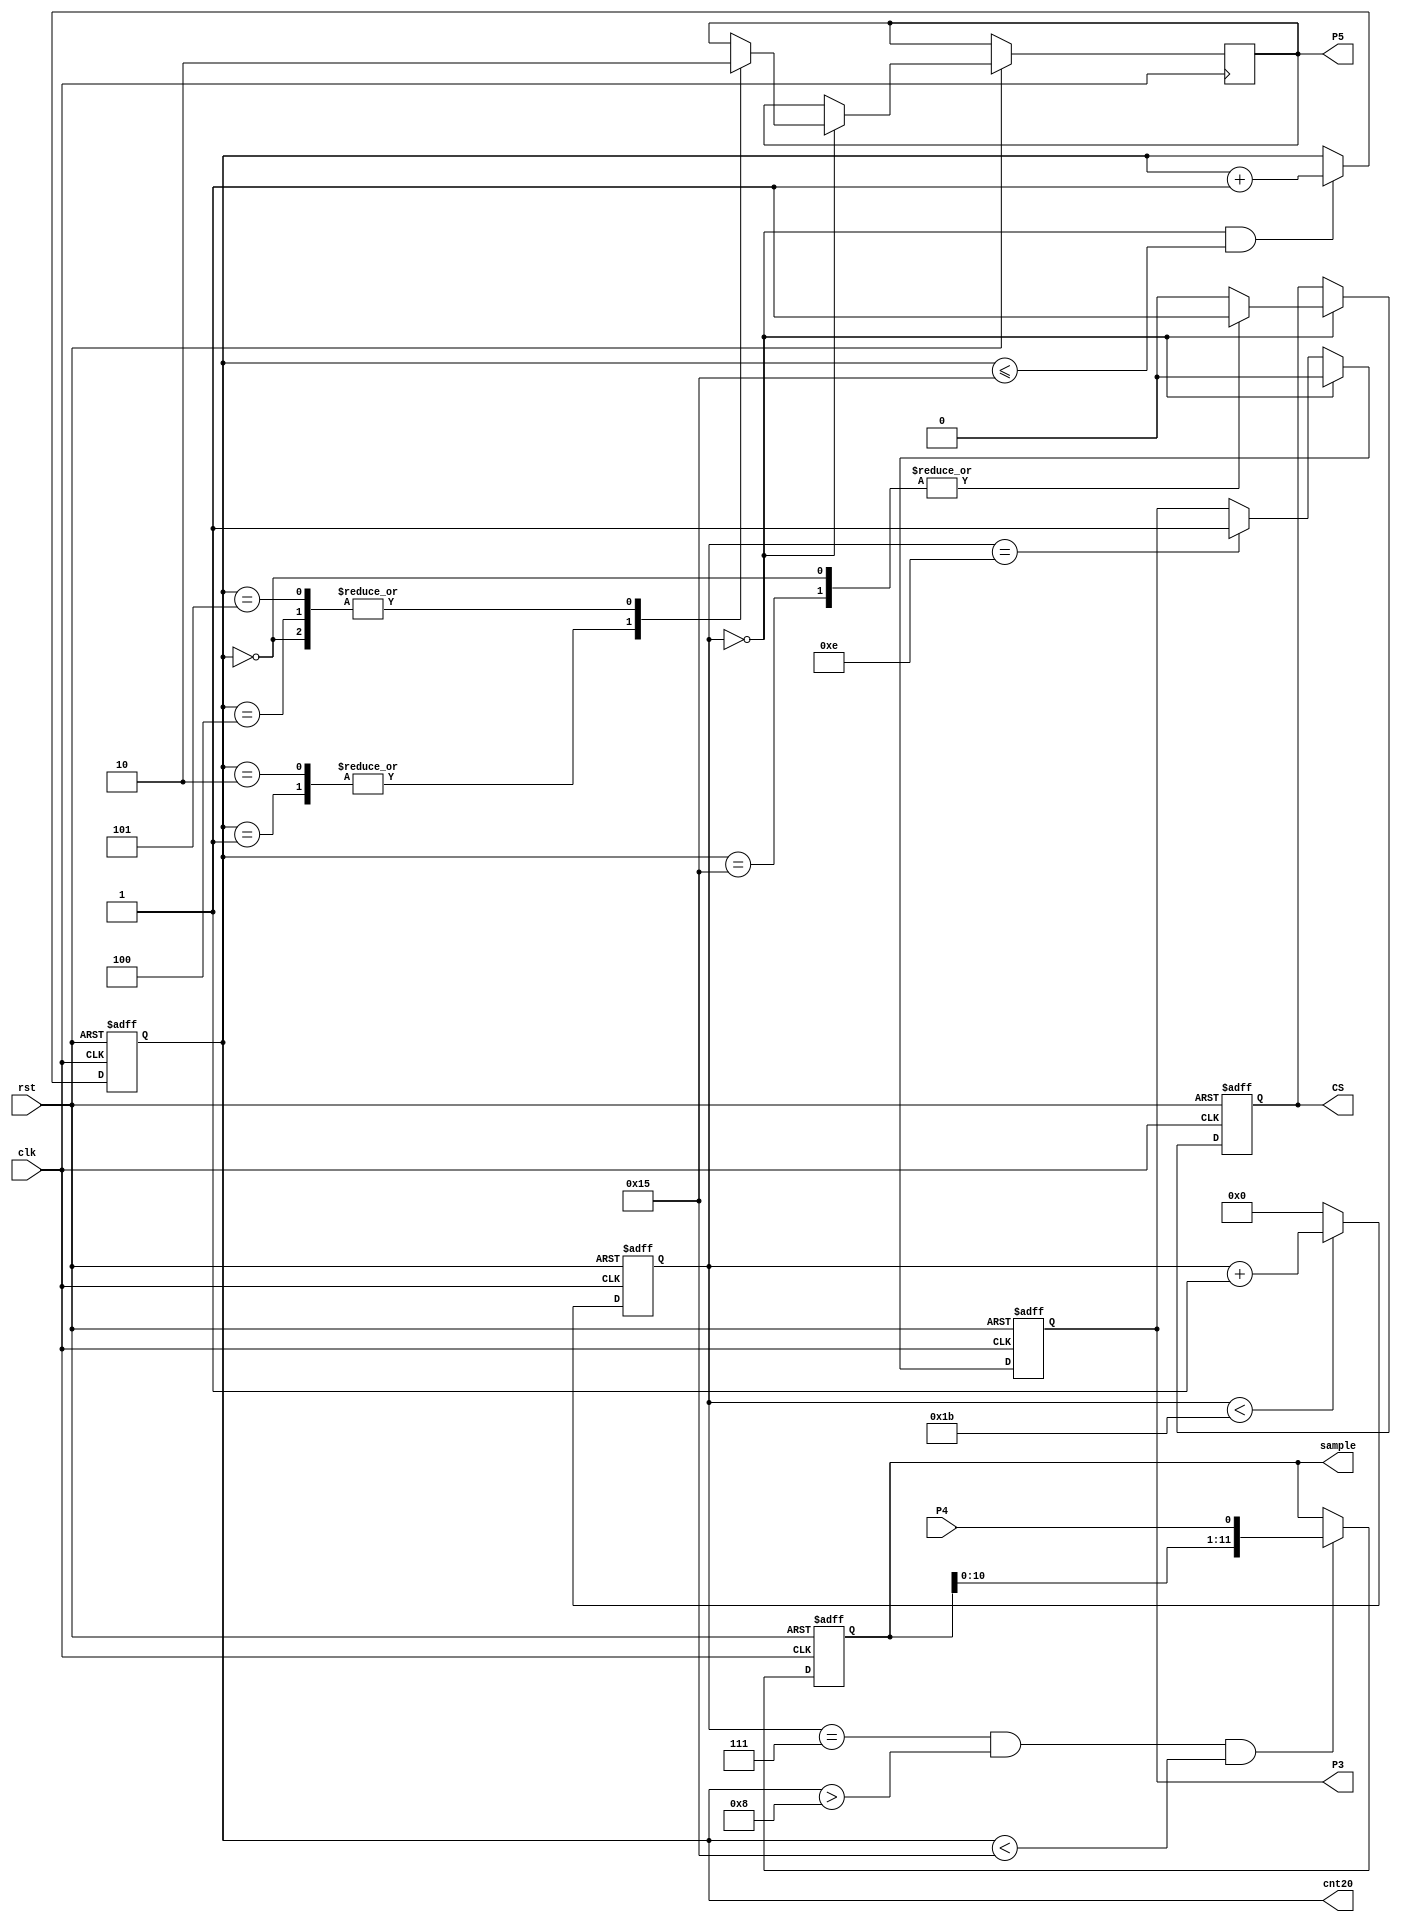
//////////////////////////////////////////////////////
//
//
// Contributors: 	Lucy Rukstales, Michaela Mitchell
//
// Top Module:		Data_Collector.v
//
// Description: 	This file allows for 12 bits of data collection from an analog to digital converter (ADC)
//			This runs the ADC in PIC Mode, using a 100kHz clock
//
//////////////////////////////////////////////////////

module ADC_Read_12bit(clk,rst,CS,P3,P4,P5,sample,cnt20);
	
	input P4;  // MISO - Data from ADC
	input clk; // FPGA - 50MHz clock
	input rst; // Reset switch
	
	output reg CS; // Chip Select - Turns ADC on
	output reg P3; // ADC - 2MkHz clock
	output reg P5; // MOSI - Control data for ADC
	
	output reg [11:0]sample; // 12-bit data sample
	output reg [6:0]cnt20;   // Counter to step through ADC control
	
	reg [4:0]counter; // Counter to establish 100kHz ADC clock
		
	//----------------------------------------------------
	// Create a counter to divide 50MHz FPGA clock to roughly 2MHz ADC clock
	always @ (posedge clk or negedge rst) begin
		
		if (rst == 1'b0) counter <= 5'd0;
		
		else begin
		
			if (counter < 5'd27) counter <= counter + 5'd1;
			
			else counter <= 5'd0;
			
		end
			
	end
	
	//----------------------------------------------------
	// Scale clock from 50MHz to roughly 2MkHz
	// P3 to be ADC clock
	always @ (posedge clk or negedge rst) begin
		
		if (rst == 1'b0) P3 <= 1'b0;
		
		else begin
		
			if (counter == 5'd0) P3 <= 1'b0;
			
			else if (counter == 5'd14) P3 <= 1'b1;
		
		end
		
	end
		
	//----------------------------------------------------
	// Count to 20 to step through ADC initialization and data transfer
	always @ (posedge clk or negedge rst) begin
		
		if (rst == 1'b0) cnt20 <= 7'd0;
		
		else if (counter == 5'd0 && cnt20 <= 7'd21) cnt20 <= cnt20 + 7'd1;
		
		else cnt20 <= cnt20;
		
	end
	
	//----------------------------------------------------
	// Initialize the ADC to prepare for data transfer
	// P5 to be used for MOSI
	always @ (posedge clk or negedge rst) begin
		
		if (rst == 1'b0) CS <= 1'b1;
		
		else if (counter == 5'd0) begin
		
			case(cnt20)
				0: begin // Initialization
						CS <= 1'b1;
						P5 <= 1'b0;
					end
					
				1: begin // Start Bit
						CS <= 1'b0;
						P5 <= 1'b1;
					end
					
				2: begin // Control: Single Ended
						CS <= 1'b0;
						P5 <= 1'b1;
					end
					
				3: begin // Control: Don't Care
						CS <= 1'b0;
					end
					
				4: begin // Control: Channel 0
						CS <= 1'b0;
						P5 <= 1'b0;
					end
					
				5: begin // Control: Channel 0
						CS <= 1'b0;
						P5 <= 1'b0;
					end
				
				21: begin
						CS <= 1'b1;
					end
					
				default: CS <= 1'b0;
				
			endcase
			
		end
					
	end
	
	//----------------------------------------------------
	// Read from the ADC, 12-bits at a time
	// P4 to be used for MISO
	always @ (posedge clk or negedge rst) begin
	
		if (rst == 1'b0) sample[11:0] <= 12'd0;
		
		else if (counter == 5'd7 && cnt20 > 7'd8 && cnt20 < 7'd21) sample[11:0] <= {sample[10:0],P4};
		
		else sample <= sample;
		
	end
	
endmodule